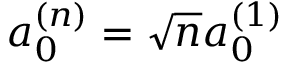
a _ { 0 } ^ { ( n ) } = \sqrt { n } a _ { 0 } ^ { ( 1 ) }